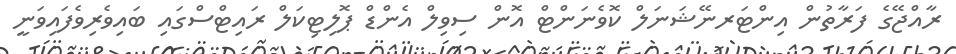
ރާއްޖޭގެ ފަރާތުން އިންޓަރނޭޝަނަލް ކޮވެނަންޓް އޮން ސިވިލް އެންޑް ޕޮލިޓިކަލް ރައިޓްސްގައި ބައިވެރިވެފައިވަނީ